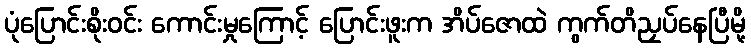
ပုံပြောင်းစိုးဝင်း ကောင်းမှုကြောင့် ပြောင်းဖူးက အိပ်ဇောထဲ ကွက်တိညှပ်နေပြီမို့